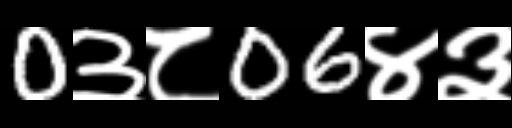
Text: 0३८06४३